Senior Leaving Certificate Examination (including Day School Certificate (Higher) General paper), 1947
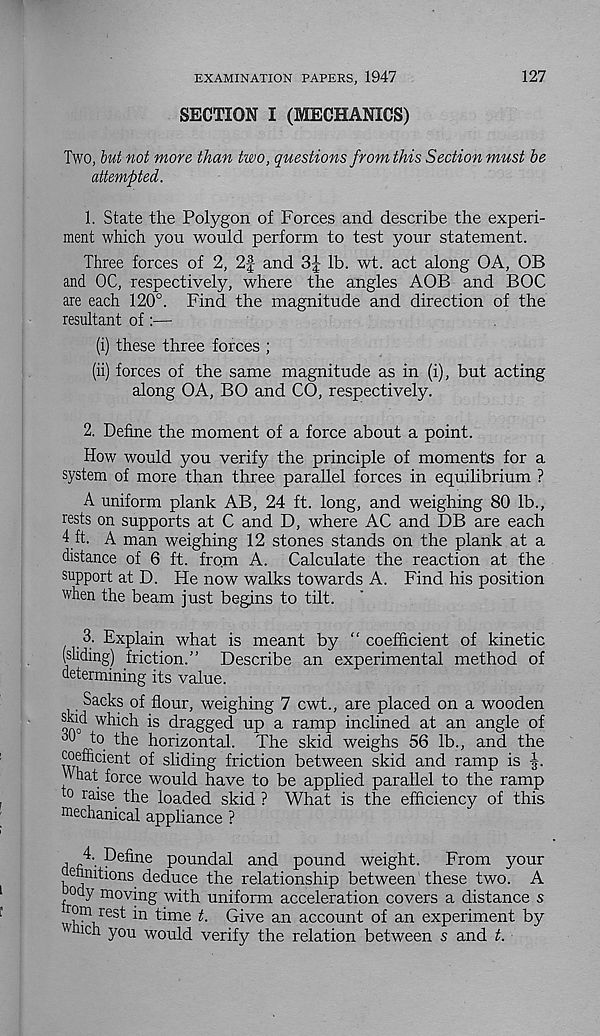
EXAMINATION PAPERS, 1947
127
SECTION I (MECHANICS)
Two, hut not more than two, questions from this Section must be
attempted.
1. State the Polygon of Forces and describe the experi-
ment which you would perform to test your statement.
Three forces of 2, 2f and
lb. wt. act along OA, OB
and OC, respectively, where the angles AOB and BOC
are each 120°. Find the magnitude and direction of the
resultant of :—
(i) these three forces ;
(ii) forces of the same magnitude as in (i), but acting
along OA, BO and CO, respectively.
2. Define the moment of a force about a point.
How would you verify the principle of moments for a
system of more than three parallel forces in equilibrium ?
A uniform plank AB, 24 ft. long, and weighing 80 lb.,
rests on supports at C and D, where AC and DB are each
4ft. A man weighing 12 stones stands on the plank at a
distance of 6 ft. from A. Calculate the reaction at the
support at D. He now walks towards A. Find his position
when the beam just begins to tilt.
3. Explain what is meant by “coefficient of kinetic
(sliding) friction.” Describe an experimental method of
determining its value.
Sacks of flour, weighing 7 cwt., are placed on a wooden
ono^ w hi c A is dragged up a ramp inclined at an angle of
30 to the horizontal. The skid weighs 56 lb., and the
“efficient of sliding friction between skid and ramp is
A hat force would have to be applied parallel to the ramp
to raise the loaded skid ? What is the efficiency of this
mechanical appliance ?
4. Define poundal and pound weight.
From your
ennitions deduce the relationship between these two. A
ody moving with uniform acceleration covers a distance s
r°m res t in time t. Give an account of an experiment by
' lc n y°n would verify the relation between s and t.